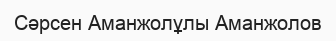
Сәрсен Аманжолұлы Аманжолов